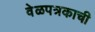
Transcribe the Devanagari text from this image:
वेळपत्रकाची